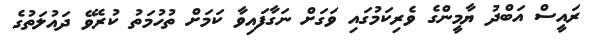
ރައީސް އަބްދު ޔާމީންގެ ވެރިކަމުގައި ވަގަށް ނަގާފައިވާ ކަމަށް ތުހުމަތު ކުރެވޭ ދައުލަތުގެ